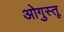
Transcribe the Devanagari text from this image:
ओगुस्तू